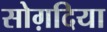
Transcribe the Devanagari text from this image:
सोग़दिया